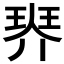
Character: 𤦠